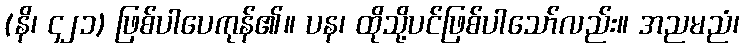
(နိ၊ ၄၂၁) ဖြစ်ပါပေကုန်၏။ ပန၊ ထိုသို့ပင်ဖြစ်ပါသော်လည်း။ အညမညံ၊